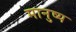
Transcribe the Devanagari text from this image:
मानुष्य